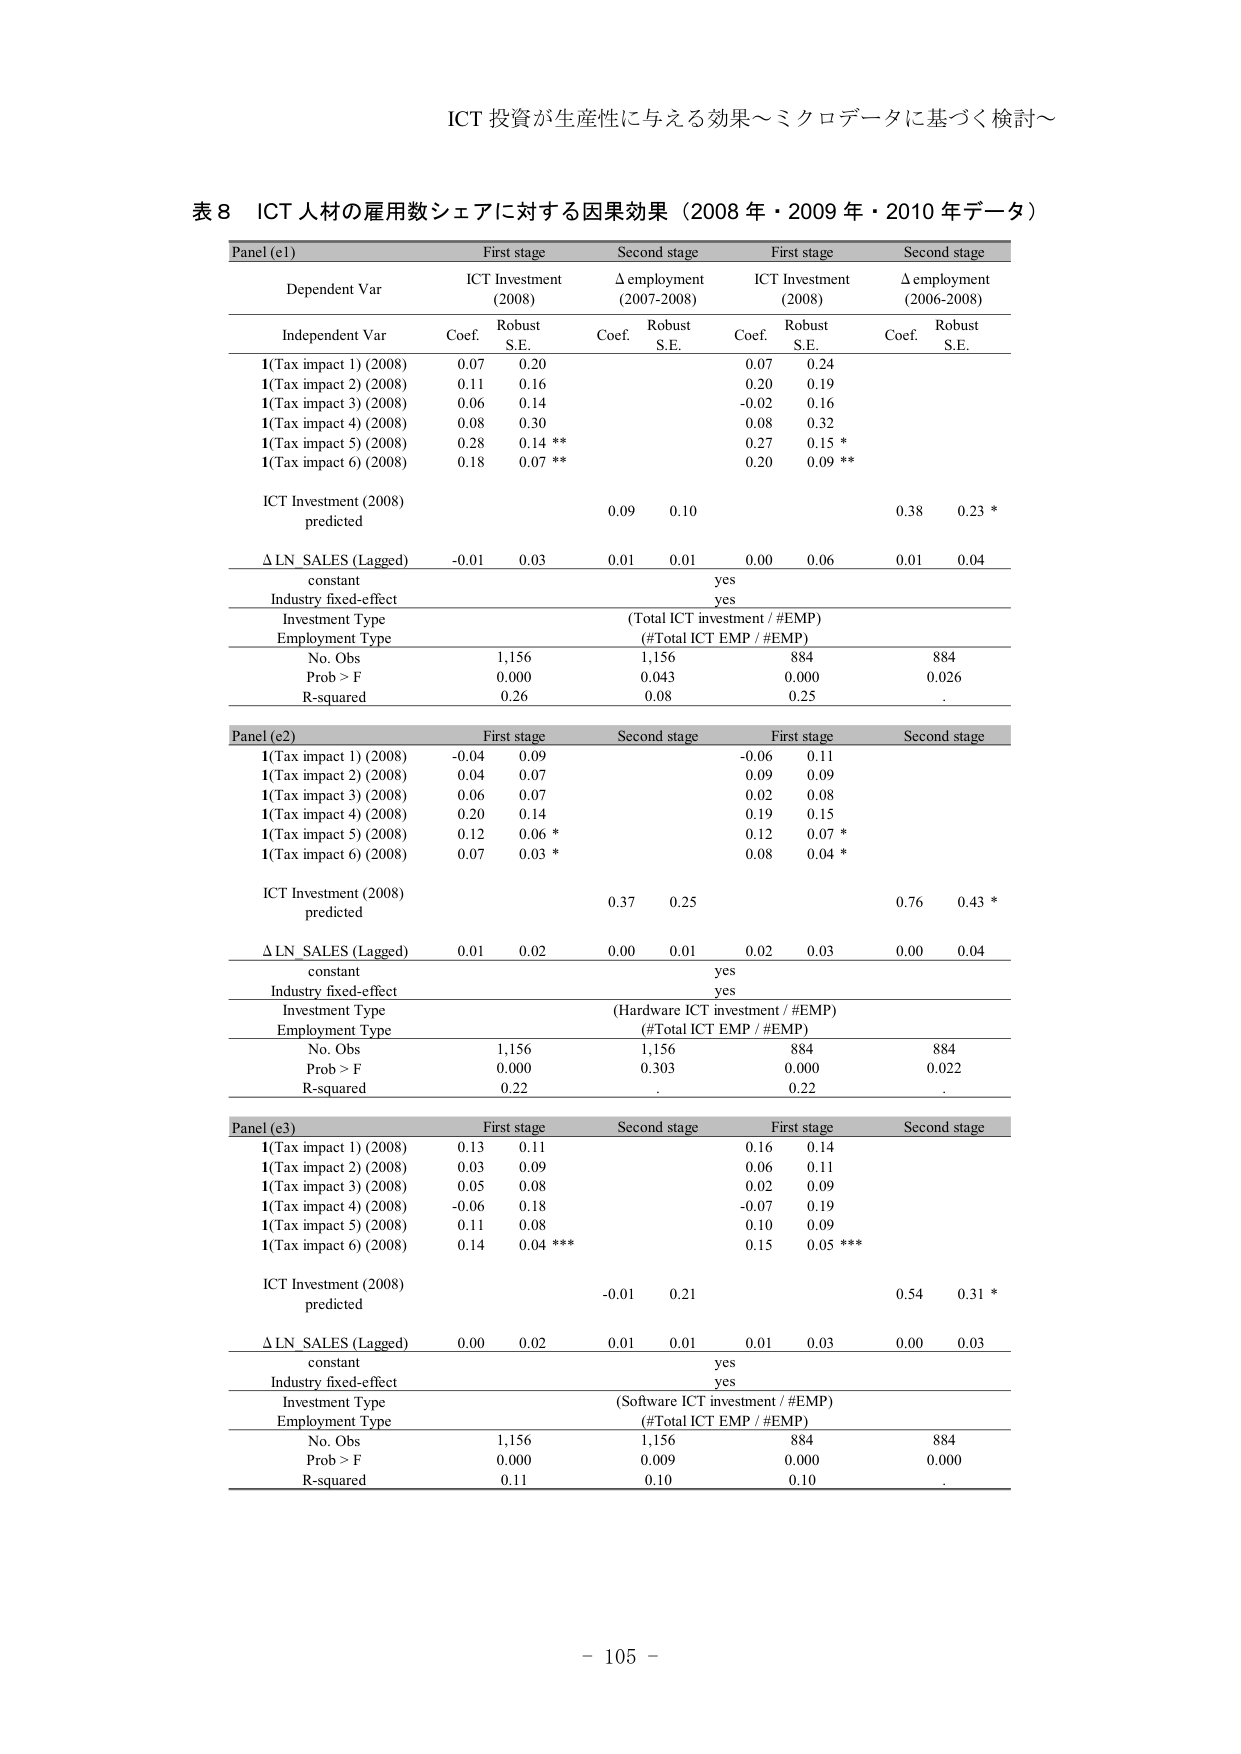
ICT 投資が生産性に与える効果～ミクロデータに基づく検討～

表８ ICT 人材の雇用数シェアに対する因果効果（2008 年・2009 年・2010 年データ）

Panel (e1)             First stage             Second stage             First stage             Second stage
Dependent Var          ICT Investment          Δ employment            ICT Investment          Δ employment
                       (2008)                  (2007-2008)             (2008)                  (2006-2008)
Independent Var        Coef.   Robust          Coef.   Robust          Coef.   Robust          Coef.   Robust
                       S.E.                    S.E.                    S.E.                    S.E.
I(Tax impact 1) (2008) 0.07    0.20            0.07    0.24
I(Tax impact 2) (2008) 0.11    0.16            0.20    0.19
I(Tax impact 3) (2008) 0.06    0.14            -0.02   0.16
I(Tax impact 4) (2008) 0.08    0.30            0.08    0.32
I(Tax impact 5) (2008) 0.28    0.14 **         0.27    0.15 *
I(Tax impact 6) (2008) 0.18    0.07 **         0.20    0.09 **
ICT Investment (2008) predicted         0.09    0.10                    0.38    0.23 *
Δ LN SALES (Lagged)   -0.01   0.03            0.01    0.01            0.00    0.06            0.01    0.04
constant                              yes
Industry fixed-effect                 yes
Investment Type                       (Total ICT investment / #EMP)
Employment Type                       (#Total ICT EMP / #EMP)
No. Obs                               1,156       1,156       884       884
Prob > F                              0.000       0.043       0.000     0.026
R-squared                             0.26        0.08        0.25     .

Panel (e2)             First stage             Second stage             First stage             Second stage
I(Tax impact 1) (2008) -0.04   0.09            -0.06   0.11
I(Tax impact 2) (2008) 0.04    0.07            0.09    0.09
I(Tax impact 3) (2008) 0.06    0.07            0.02    0.08
I(Tax impact 4) (2008) 0.20    0.14            0.19    0.15
I(Tax impact 5) (2008) 0.12    0.06 *          0.12    0.07 *
I(Tax impact 6) (2008) 0.07    0.03 *          0.08    0.04 *
ICT Investment (2008) predicted         0.37    0.25                    0.76    0.43 *
Δ LN SALES (Lagged)   0.01    0.02            0.00    0.01            0.02    0.03            0.00    0.04
constant                              yes
Industry fixed-effect                 yes
Investment Type                       (Hardware ICT investment / #EMP)
Employment Type                       (#Total ICT EMP / #EMP)
No. Obs                               1,156       1,156       884       884
Prob > F                              0.000       0.303       0.000     0.022
R-squared                             0.22       .           0.22     .

Panel (e3)             First stage             Second stage             First stage             Second stage
I(Tax impact 1) (2008) 0.13    0.11            0.16    0.14
I(Tax impact 2) (2008) 0.03    0.09            0.06    0.11
I(Tax impact 3) (2008) 0.05    0.08            0.02    0.09
I(Tax impact 4) (2008) -0.06   0.18            -0.07   0.19
I(Tax impact 5) (2008) 0.11    0.08            0.10    0.09
I(Tax impact 6) (2008) 0.14    0.04 ***        0.15    0.05 ***
ICT Investment (2008) predicted         -0.01   0.21                    0.54    0.31 *
Δ LN SALES (Lagged)   0.00    0.02            0.01    0.01            0.01    0.03            0.00    0.03
constant                              yes
Industry fixed-effect                 yes
Investment Type                       (Software ICT investment / #EMP)
Employment Type                       (#Total ICT EMP / #EMP)
No. Obs                               1,156       1,156       884       884
Prob > F                              0.000       0.009       0.000     0.000
R-squared                             0.11        0.10        0.10     .

- 105 -